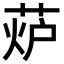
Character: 𦲊